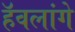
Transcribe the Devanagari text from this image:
हॅवलांगे